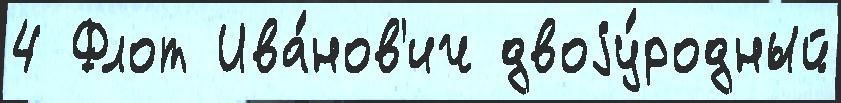
4 Флот Ива́нов'ич двоjу́родный